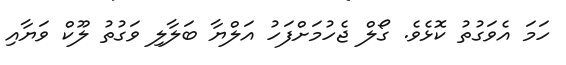
ހަމަ އެވަގުތު ކޮޅެވެ. ގޯލް ޖެހުމަށްފަހު އަލްޔާ ބަލާލި ވަގުތު ލޫކް ވަޔާއި